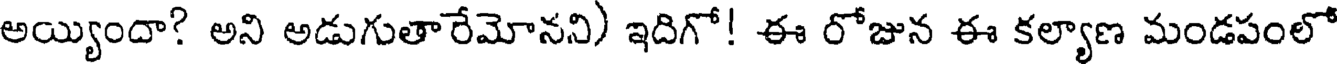
అయ్యిందా? అని అడుగుతారేమోనని) ఇదిగో! ఈ రోజున ఈ కల్యాణ మండపంలో